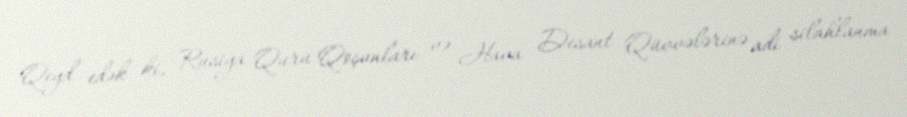
Qeyd edək ki, Rusiya Quru Qoşunları və Hava Desant Qüvvələrinə adi silahlanma